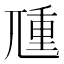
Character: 𡰁